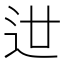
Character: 𨑬